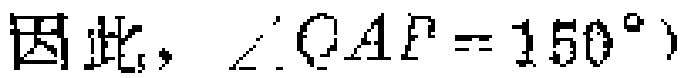
因此，$\angle QAF = 150^{\circ}$